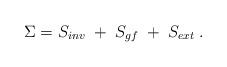
LaTeX: \begin{align*}\Sigma =S_{inv}\;+\;S_{gf}\;+\;S_{ext}\;. \end{align*}